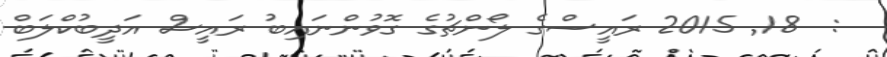
:  18